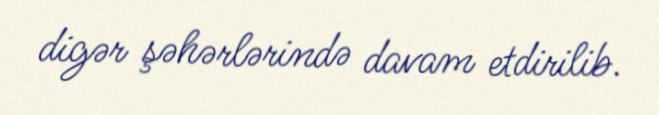
digər şəhərlərində davam etdirilib.